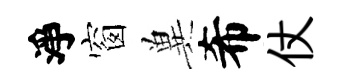
淨窗兾希仗